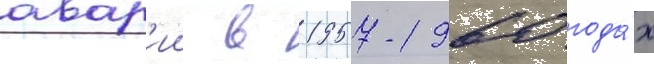
авар'ии в 1957-1960 года́х